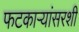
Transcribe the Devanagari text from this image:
फटकाऱ्यांसरशी